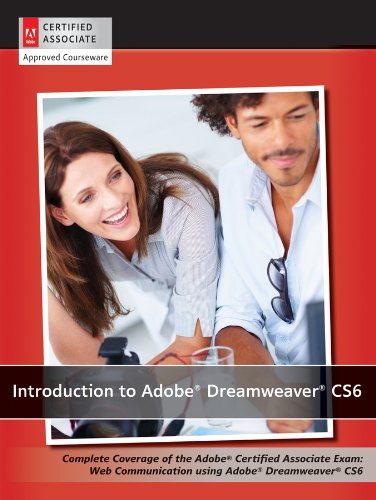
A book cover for Introduction to Adobe Dreamweaver CS6 with ACA Certification; AGI Creative Team; Computers & Technology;